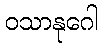
ဝသာနုဂေါ